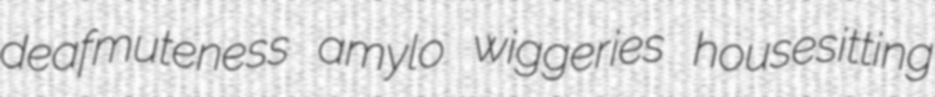
deafmuteness amylo wiggeries housesitting